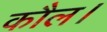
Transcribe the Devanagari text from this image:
कौल।